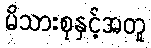
မိသားစုနှင့်အတူ